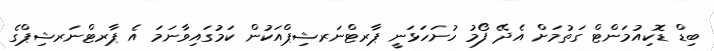
ބިޑް ޑޮކިއުމަންޓް ގަތުމަށް އެދޭ ފޯމު ހުށަހަޅަނީ ޕާރޓްނަރޝިޕްއަކުން ކަމުގައިވާނަމަ އެ ޕާރޓްނަރޝިޕްގެ